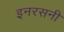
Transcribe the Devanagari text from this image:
इनरसनी